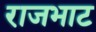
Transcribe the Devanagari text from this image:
राजभाट